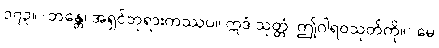
၁၇၃။ (ဘန္တေ၊ အရှင်ဘုရားကဿပ။ ဣဒံ သုတ္တံ၊ ဤဂါရဝသုတ်ကို။) မေ